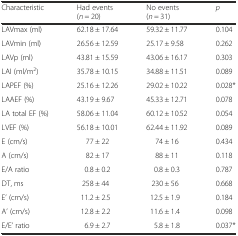
| Characteristic | Had events (n = 20) | No events (n = 31) | p |
 | --- | --- | --- | --- |
 | LAVmax (ml) | 62.18 ± 17.64 | 59.32 ± 11.77 | 0.104 |
 | LAVmin (ml) | 26.56 ± 12.59 | 25.17 ± 9.58 | 0.262 |
 | LAVp (ml) | 43.81 ± 15.59 | 43.06 ± 16.17 | 0.303 |
 | LAI (ml/m2) | 35.78 ± 10.15 | 34.88 ± 11.51 | 0.089 |
 | LAPEF (%) | 25.16 ± 12.26 | 29.02 ± 10.22 | 0.028* |
 | LAAEF (%) | 43.19 ± 9.67 | 45.33 ± 12.71 | 0.078 |
 | LA total EF (%) | 58.06 ± 11.04 | 60.12 ± 10.52 | 0.054 |
 | LVEF (%) | 56.18 ± 10.01 | 62.44 ± 11.92 | 0.089 |
 | E (cm/s) | 77 ± 22 | 74 ± 16 | 0.434 |
 | A (cm/s) | 82 ± 17 | 88 ± 11 | 0.118 |
 | E/A ratio | 0.8 ± 0.2 | 0.8 ± 0.3 | 0.787 |
 | DT, ms | 258 ± 44 | 230 ± 56 | 0.668 |
 | E’ (cm/s) | 11.2 ± 2.5 | 12.5 ± 1.9 | 0.184 |
 | A’ (cm/s) | 12.8 ± 2.2 | 11.6 ± 1.4 | 0.098 |
 | E/E’ ratio | 6.9 ± 2.7 | 5.8 ± 1.8 | 0.037* |